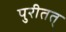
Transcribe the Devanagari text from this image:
पुरीतत्